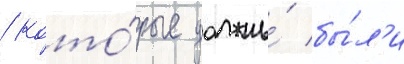
/ кото́рые должны́ бы́л'и